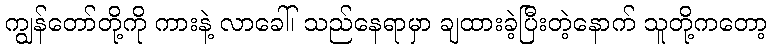
ကျွန်တော်တို့ကို ကားနဲ့ လာခေါ်၊ သည်နေရာမှာ ချထားခဲ့ပြီးတဲ့နောက် သူတို့ကတော့